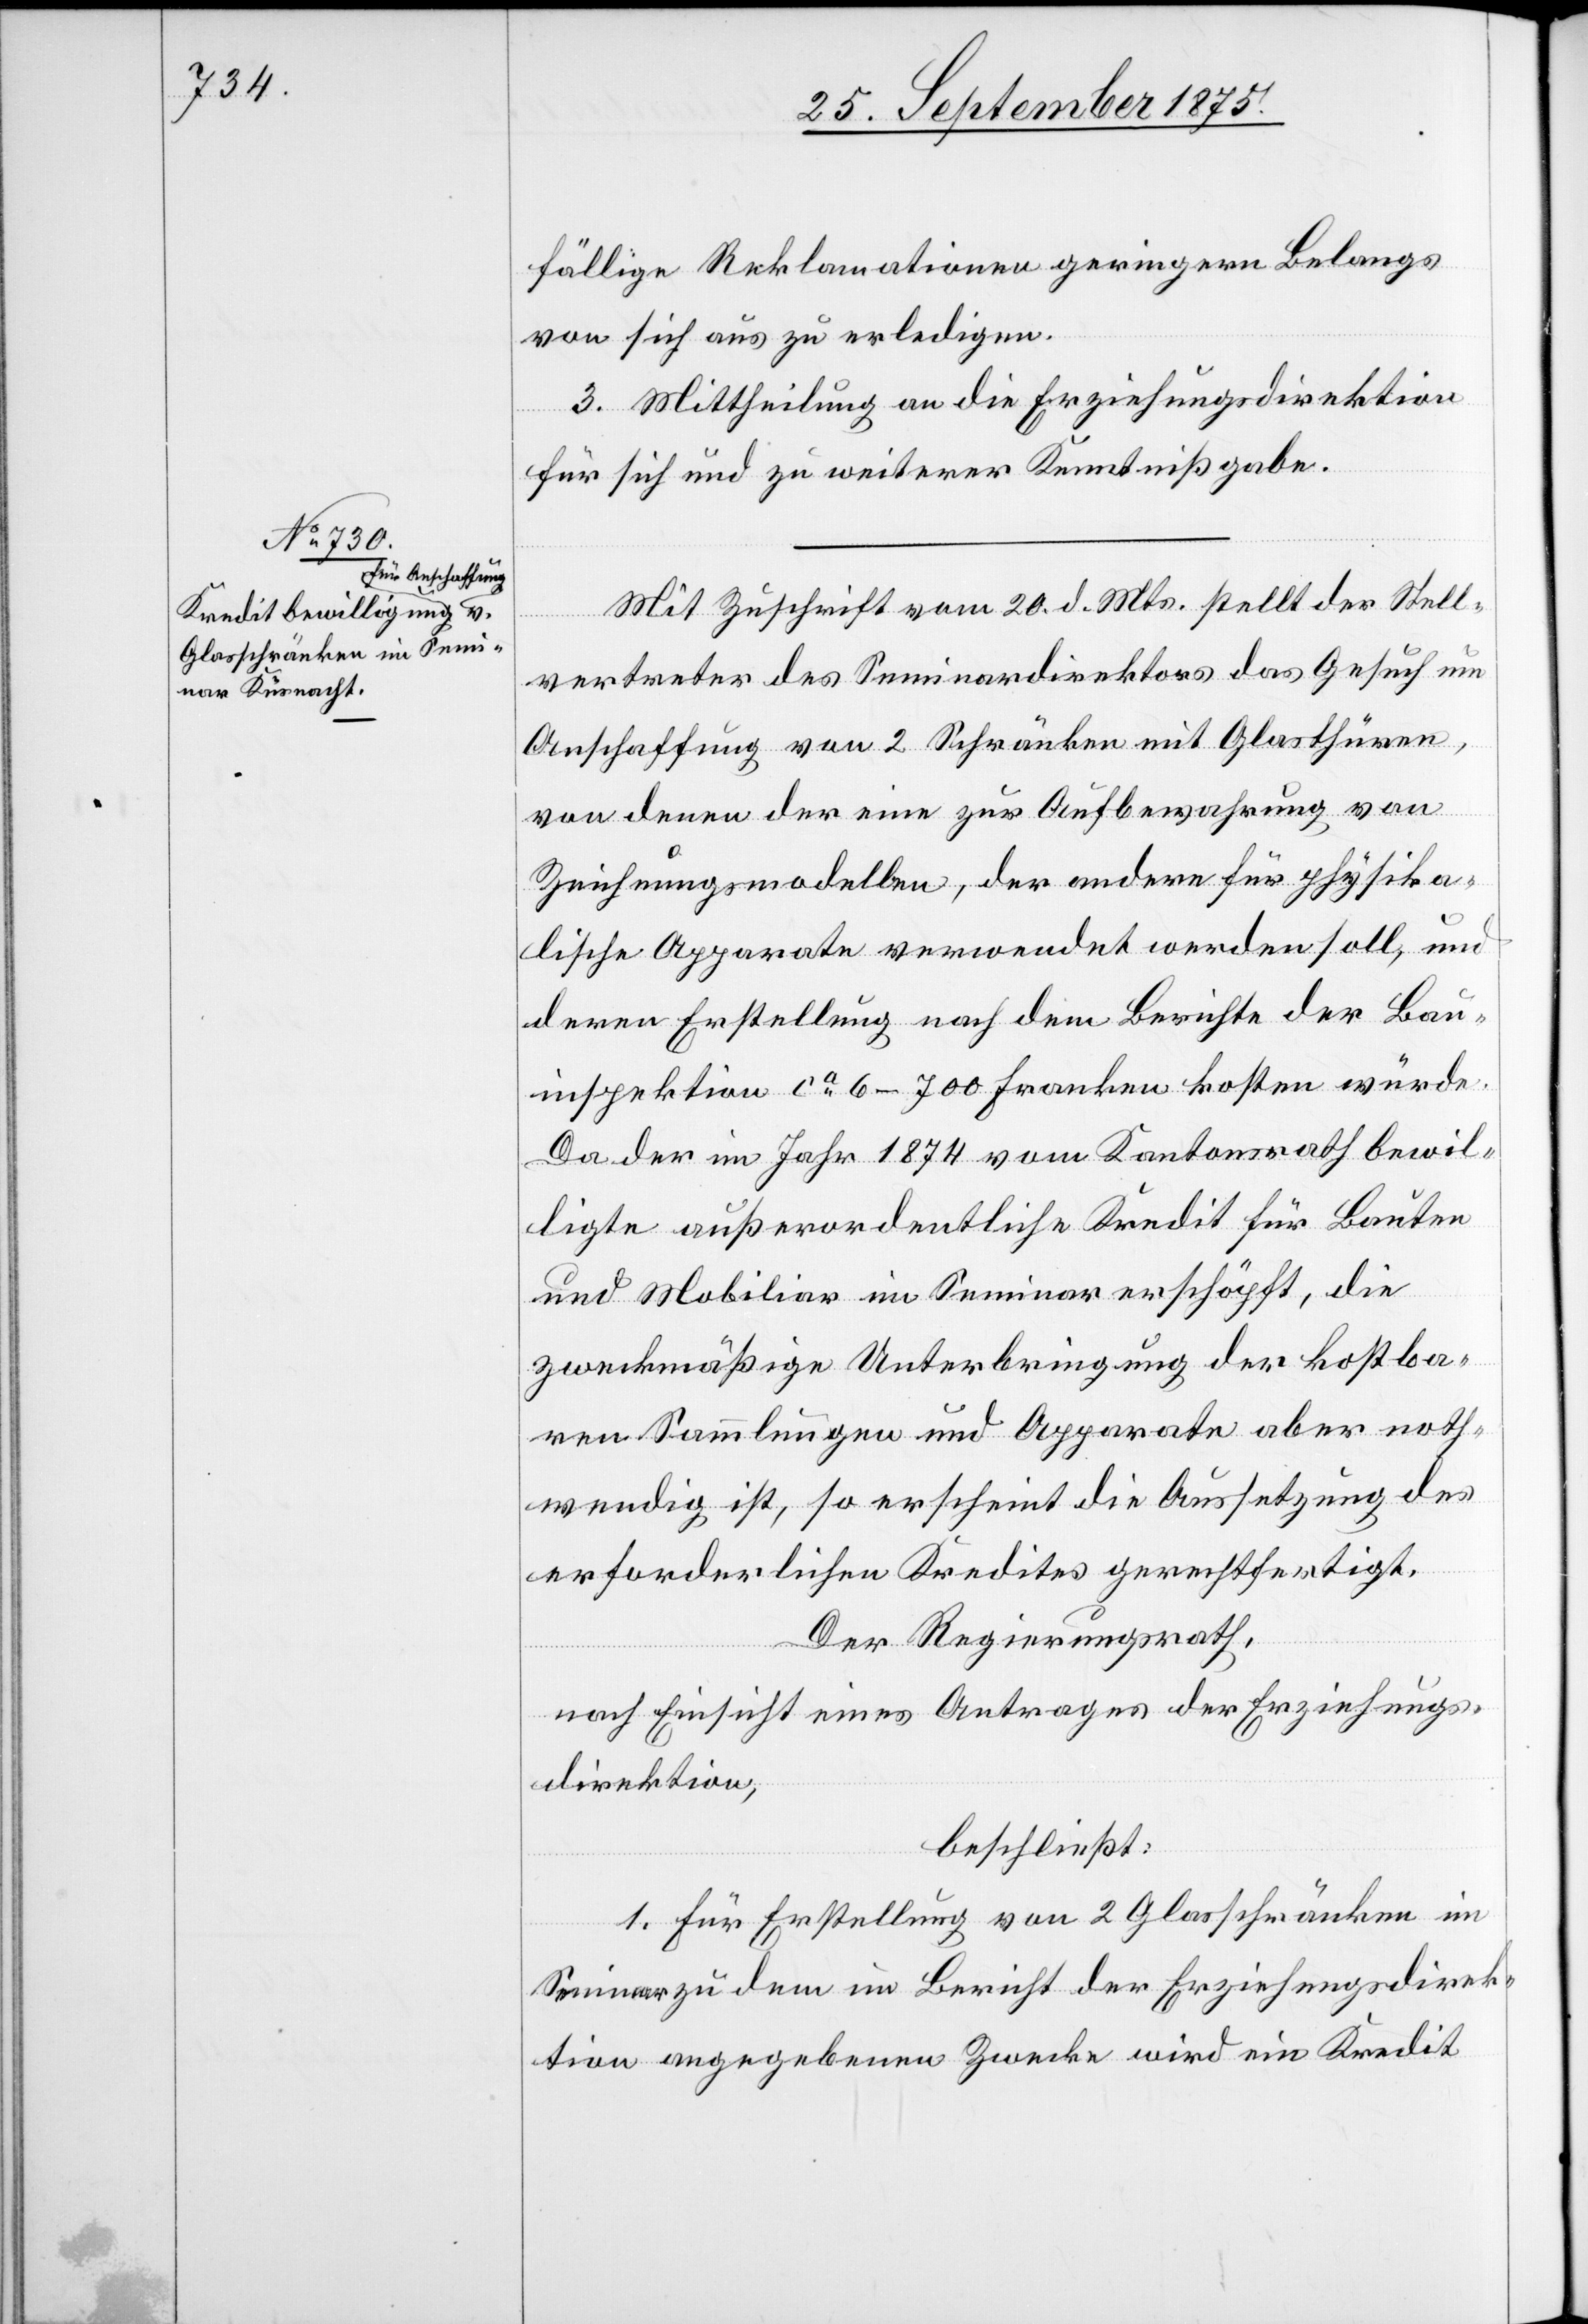
fällige Reklamationen geringern Belangs
von sich aus zu erledigen.
3. Mittheilung an die Erziehungsdirektion
für sich und zu weiterer Kenntnißgabe.
Mit Zuschrift vom 20. d. Mts. stellt der Stell¬
vertreter des Seminardirektors das Gesuch um
Anschaffung von 2 Schränken mit Glasthüren,
von denen der eine zur Aufbewahrung von
Zeichnungsmodellen, der andere für physika¬
lische Apparate verwendet werden soll, und
deren Erstellung nach dem Berichte der Bau¬
inspektion ca 6–700 Franken kosten würde.
Da der im Jahr1874 vom Kantonsrath bewil¬
ligte außerordentliche Kredit für Bauten
und Mobiliar im Seminar erschöpft, die
zweckmäßige Unterbringung der kostba¬
ren Sammlungen und Apparate aber noth¬
wendig ist, so erscheint die Aussetzung des
erforderlichen Kredites gerechtfertigt.
Der Regierungsrath,
nach Einsicht eines Antrages der Erziehungs¬
direktion,
beschließt:
1. Für Erstellung von 2 Glasschränken im
Seminar zu dem im Bericht der Erziehungsdirek¬
tion angegebenen Zwecke wird ein Kredit